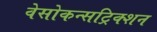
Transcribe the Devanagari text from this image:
वेसोकन्सट्रिक्शन